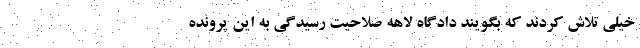
خیلی تلاش کردند که بگویند دادگاه لاهه صلاحیت رسیدگی به این پرونده